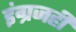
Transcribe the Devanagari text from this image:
इंग्रजही